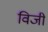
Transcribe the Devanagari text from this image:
विजी